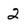
Character: 2